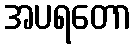
အပရတော